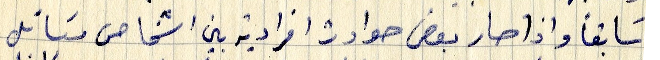
سابقاً واذا صار بعض حوادث افرادية بين اشخاص مسائل